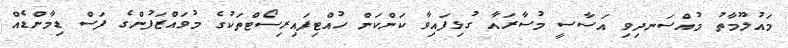
މައުލޫމާތު މުއްސަނދިވި އަސާސީ މުސާރައާ ގުޅިފައިވާ ކަންކަން ހުއްޓިފައިރިސޯޓްތަކުގެ މުވައްޒަފުންގެ ފަސް ޑިމާންޑެއް